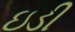
ઇડી